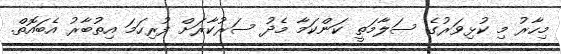
މިހާރު މި ކުޅިވަރުގެ ސަލާމަތީ ކަންކަމާ މެދު ސަރުކާރަށް ފުރިހަމަ އިތުބާރު އެބައޮތް.